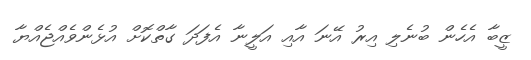
ޒީބާ އެހެން ބުނެލި އިރު އޭނަ އާއި އަލީނާ އެފަދަ ގާތްކޮށް އުޅެންވެއްޖެއްޔާ